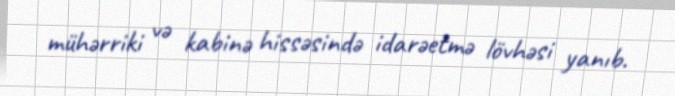
mühərriki və kabinə hissəsində idarəetmə lövhəsi yanıb.